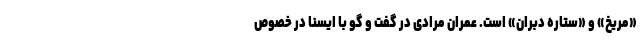
«مریخ» و «ستاره دبران» است. عمران مرادی در گفت و گو با ایسنا در خصوص